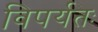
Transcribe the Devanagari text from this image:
विपर्यतः